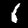
Label: 1